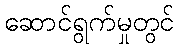
ဆောင်ရွက်မှုတွင်